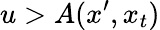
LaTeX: u>A(x^{\prime},x_{t})